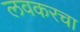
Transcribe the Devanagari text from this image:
लवकरचा